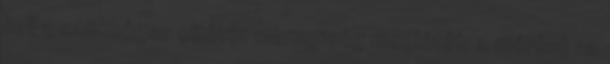
kell a szükséges oltóvíz mennyiség meglétét; a mérést az